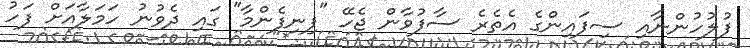
ފުލުހުންނާއި ސިފައިންގެ އެތެރެ ސާފުވާން ޖެހޭ "ފިނިފެންމާ" ގައި ދެވުނު ހަމަލާއަށް ފަހު